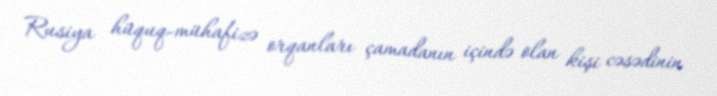
Rusiya hüquq-mühafizə orqanları çamadanın içində olan kişi cəsədinin